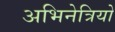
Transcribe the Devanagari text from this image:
अभिनेत्रियो